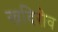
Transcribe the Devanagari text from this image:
खदिरोव